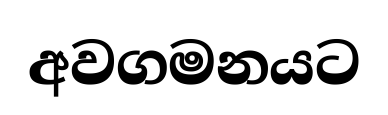
අවගමනයට